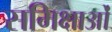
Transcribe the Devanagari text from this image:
समिक्षाओं